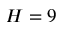
H = 9